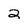
Character: 2